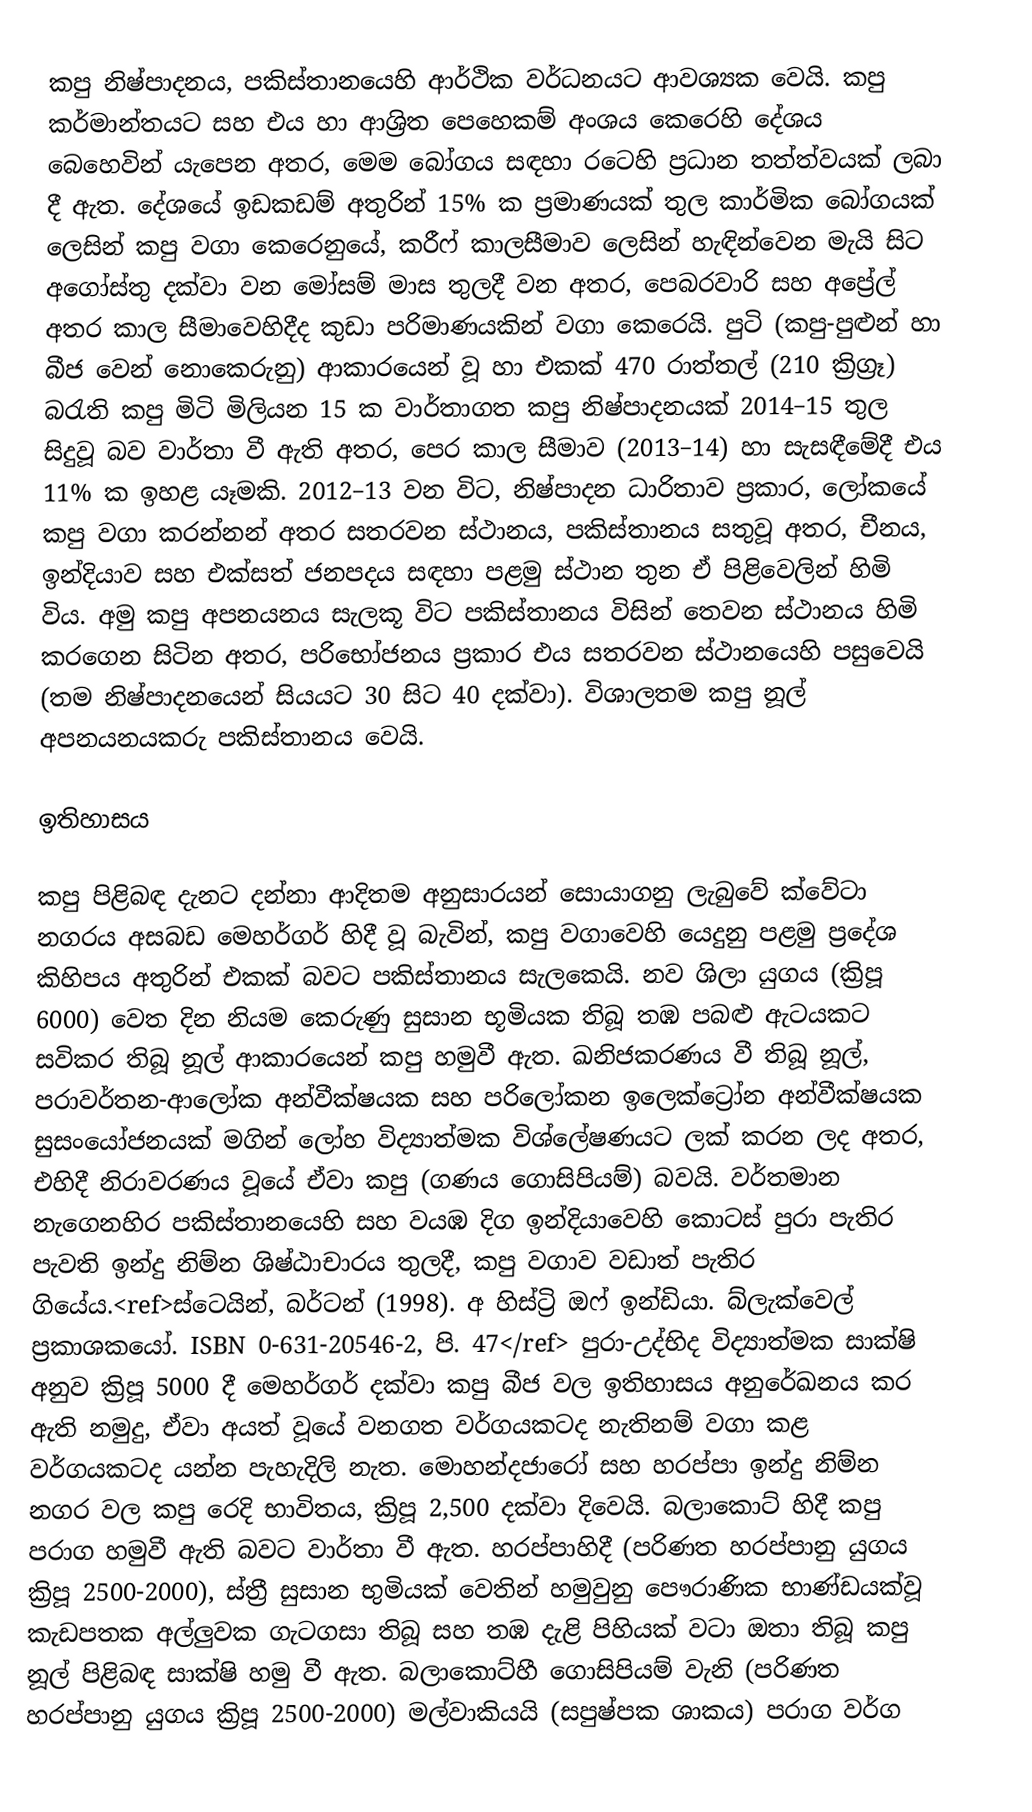
කපු නිෂ්පාදනය, පකිස්තානයෙහි ආර්ථික වර්ධනයට ආවශ්‍යක වෙයි. කපු කර්මාන්තයට සහ එය හා ආශ්‍රිත පෙහෙකම් අංශය කෙරෙහි දේශය බෙහෙවින් යැපෙන අතර, මෙම බෝගය සඳහා රටෙහි ප්‍රධාන තත්ත්වයක් ලබා දී ඇත. දේශයේ ඉඩකඩම් අතුරින් 15% ක ප්‍රමාණයක් තුල කාර්මික බෝගයක් ලෙසින් කපු වගා කෙරෙනුයේ,   කරීෆ් කාලසීමාව ලෙසින් හැඳින්වෙන මැයි සිට අගෝස්තු දක්වා වන මෝසම් මාස තුලදී වන අතර, පෙබරවාරි සහ අප්‍රේල් අතර කාල සීමාවෙහිදීද කුඩා පරිමාණයකින් වගා කෙරෙයි. පුටි (කපු-පුළුන් හා බීජ වෙන් නොකෙරුනු) ආකාරයෙන් වූ හා එකක්  470 රාත්තල් (210 ක්‍රිග්‍රෑ) බරැති කපු මිටි මිලියන 15 ක  වාර්තාගත කපු නිෂ්පාදනයක්  2014–15 තුල සිදුවූ බව වාර්තා වී ඇති අතර, පෙර කාල සීමාව (2013–14) හා සැසඳීමේදී එය 11% ක ඉහළ යෑමකි.  2012–13 වන විට, නිෂ්පාදන ධාරිතාව ප්‍රකාර, ලෝකයේ කපු වගා කරන්නන් අතර සතරවන ස්ථානය, පකිස්තානය සතුවූ අතර, චීනය, ඉන්දියාව සහ එක්සත් ජනපදය සඳහා පළමු ස්ථාන තුන ඒ පිළිවෙලින් හිමි විය. අමු කපු අපනයනය සැලකූ විට පකිස්තානය විසින් තෙවන ස්ථානය හිමි කරගෙන සිටින අතර, පරිභෝජනය ප්‍රකාර එය සතරවන ස්ථානයෙහි පසුවෙයි (තම නිෂ්පාදනයෙන් සියයට 30 සිට 40 දක්වා). විශාලතම කපු නූල් අපනයනයකරු පකිස්තානය වෙයි.

ඉතිහාසය

කපු පිළිබඳ දැනට දන්නා ආදිතම අනුසාරයන් සොයාගනු ලැබුවේ ක්වේටා නගරය අසබඩ මෙහර්ගර් හිදී වූ බැවින්, කපු වගාවෙහි යෙදුනු පළමු ප්‍රදේශ කිහිපය අතුරින් එකක් බවට පකිස්තානය සැලකෙයි. නව ශිලා යුගය (ක්‍රිපූ 6000) වෙත දින නියම කෙරුණු සුසාන භූමියක තිබූ තඹ පබළු ඇටයකට සවිකර තිබූ  නූල් ආකාරයෙන් කපු හමුවී ඇත. ඛනිජකරණය වී තිබූ නූල්, පරාවර්තන-ආලෝක අන්වීක්ෂයක සහ පරිලෝකන ඉලෙක්ට්‍රෝන අන්වීක්ෂයක සුසංයෝජනයක් මගින් ලෝහ විද්‍යාත්මක විශ්ලේෂණයට ලක් කරන ලද අතර, එහිදී නිරාවරණය වූයේ ඒවා කපු  (ගණය ගොසිපියම්) බවයි. වර්තමාන නැගෙනහිර පකිස්තානයෙහි සහ වයඹ දිග ඉන්දියාවෙහි කොටස් පුරා පැතිර පැවති ඉන්දු නිම්න ශිෂ්ඨාචාරය තුලදී, කපු වගාව වඩාත් පැතිර ගියේය.<ref>ස්ටෙයින්, බර්ටන් (1998). අ හිස්ට්‍රි ඔෆ් ඉන්ඩියා. බ්ලැක්වෙල් ප්‍රකාශකයෝ. ISBN 0-631-20546-2, පි. 47</ref> පුරා-උද්භිද විද්‍යාත්මක සාක්ෂි අනුව  ක්‍රිපූ 5000 දී මෙහර්ගර් දක්වා කපු බීජ වල ඉතිහාසය අනුරේඛනය කර ඇති නමුදු, ඒවා අයත් වූයේ වනගත වර්ගයකටද නැතිනම් වගා කළ වර්ගයකටද යන්න පැහැදිලි නැත. මොහන්දජාරෝ සහ හරප්පා ඉන්දු නිම්න නගර වල කපු රෙදි භාවිතය, ක්‍රිපූ  2,500 දක්වා දිවෙයි. බලාකොට්  හිදී කපු පරාග හමුවී ඇති බවට වාර්තා වී ඇත. හරප්පාහිදී (පරිණත හරප්පානු යුගය ක්‍රිපූ 2500-2000), ස්ත්‍රී සුසාන භුමියක් වෙතින් හමුවුනු පෞරාණික භාණ්ඩයක්වූ කැඩපතක අල්ලුවක ගැටගසා තිබූ සහ තඹ දැළි පිහියක් වටා ඔතා තිබූ කපු නූල් පිළිබඳ සාක්ෂි හමු වී ඇත. බලාකොට්හී ගොසිපියම් වැනි (පරිණත හරප්පානු යුගය ක්‍රිපූ 2500-2000) මල්වාකියයි (සපුෂ්පක ශාකය) පරාග වර්ග